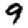
Digit: 9